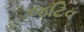
જટિવ